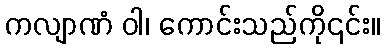
ကလျာဏံ ဝါ၊ ကောင်းသည်ကို၎င်း။